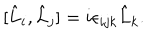
[ \hat { L } _ { i } , \hat { L } _ { j } ] = i \epsilon _ { i j k } \hat { L } _ { k } .